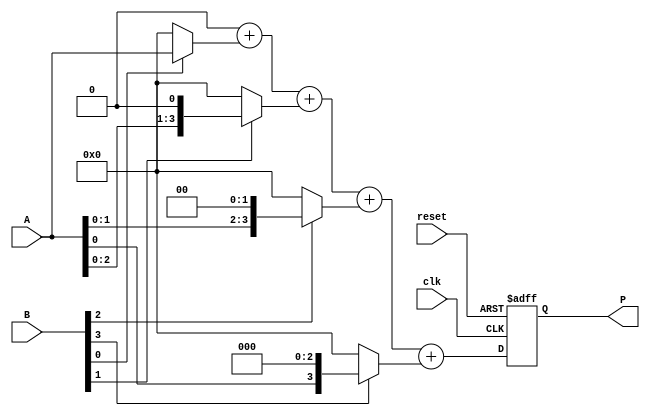
module VedicMultiplier #(parameter N = 4) (
    input [N-1:0] A,      // First input
    input [N-1:0] B,      // Second input
    input clk,            // Clock signal
    input reset,          // Reset signal
    output reg [2*N-1:0] P // Product output
);

    reg [N-1:0] partial_products [0:N-1]; // Array to hold partial products
    reg [2*N-1:0] temp_sum;                // Temporary sum for addition
    integer i;

    // Generate partial products
    always @(*) begin
        for (i = 0; i < N; i = i + 1) begin
            partial_products[i] = (B[i] == 1'b1) ? (A << i) : 0;
        end
    end

    // Crosswise addition of partial products
    always @(posedge clk or posedge reset) begin
        if (reset) begin
            P <= 0;
        end else begin
            temp_sum = 0; // Initialize temp sum for each multiplication step

            // Sum the partial products using a simple add operation
            for (i = 0; i < N; i = i + 1) begin
                temp_sum = temp_sum + partial_products[i];
            end

            P <= temp_sum; // Assign final result to product output
        end
    end

endmodule